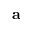
{ \bf a }